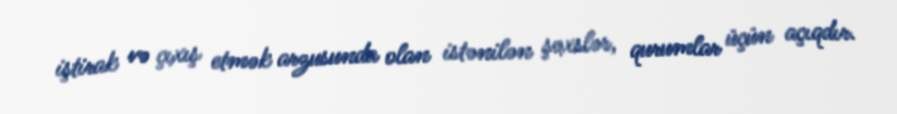
iştirak və çıxış etmək arzusunda olan istənilən şəxslər, qurumlar üçün açıqdır.